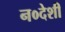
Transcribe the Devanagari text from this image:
न०देशी